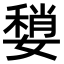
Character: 𡡏